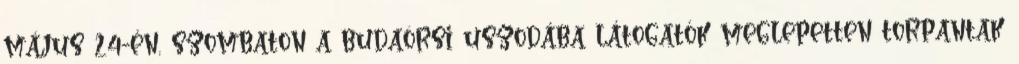
május 24-én, szombaton a budaörsi uszodába látogatók meglepetten torpantak